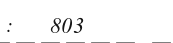
:   803